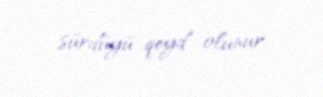
sürdüyü qeyd olunur.